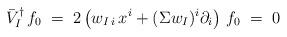
LaTeX: \begin{align*}\bar{V}_I^\dagger \, f_0 \;=\; 2\left( w_{I\,i} \, x^i + (\Sigma w_I)^i \partial_i \right) \, f_0 \;=\; 0\end{align*}